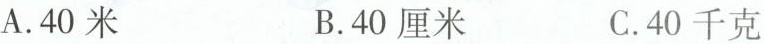
A.40米B.40厘米C.40千克